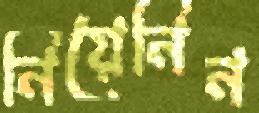
নিয়েনিন